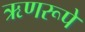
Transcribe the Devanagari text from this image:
ऋणरूपे